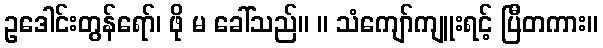
ဥဒေါင်းတွန်ရော်၊ ဖို မ ခေါ်သည်။ ။ သံကျော်ကျူးရင့် ပြီတကား။